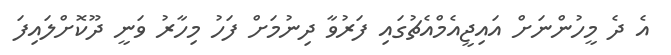
އެ ދެ މީހުންނަށް އައިޖީއެމްއެޗުގައި ފަރުވާ ދިނުމަށް ފަހު މިހާރު ވަނީ ދޫކޮށްލައިފަ